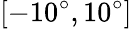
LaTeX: [-10^{\circ},10^{\circ}]